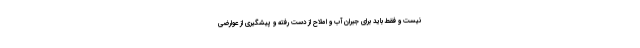
نیست و فقط باید برای جبران آب و املاح از دست رفته و پیشگیری از عوارضی